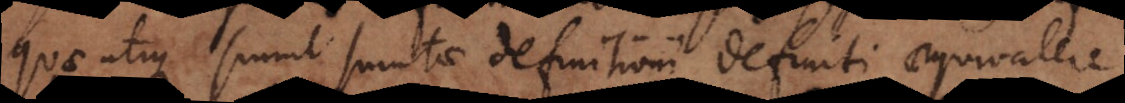
quae utique simul sumtae definitioni definiti aequivalere